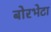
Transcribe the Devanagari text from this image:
बोरभेटा